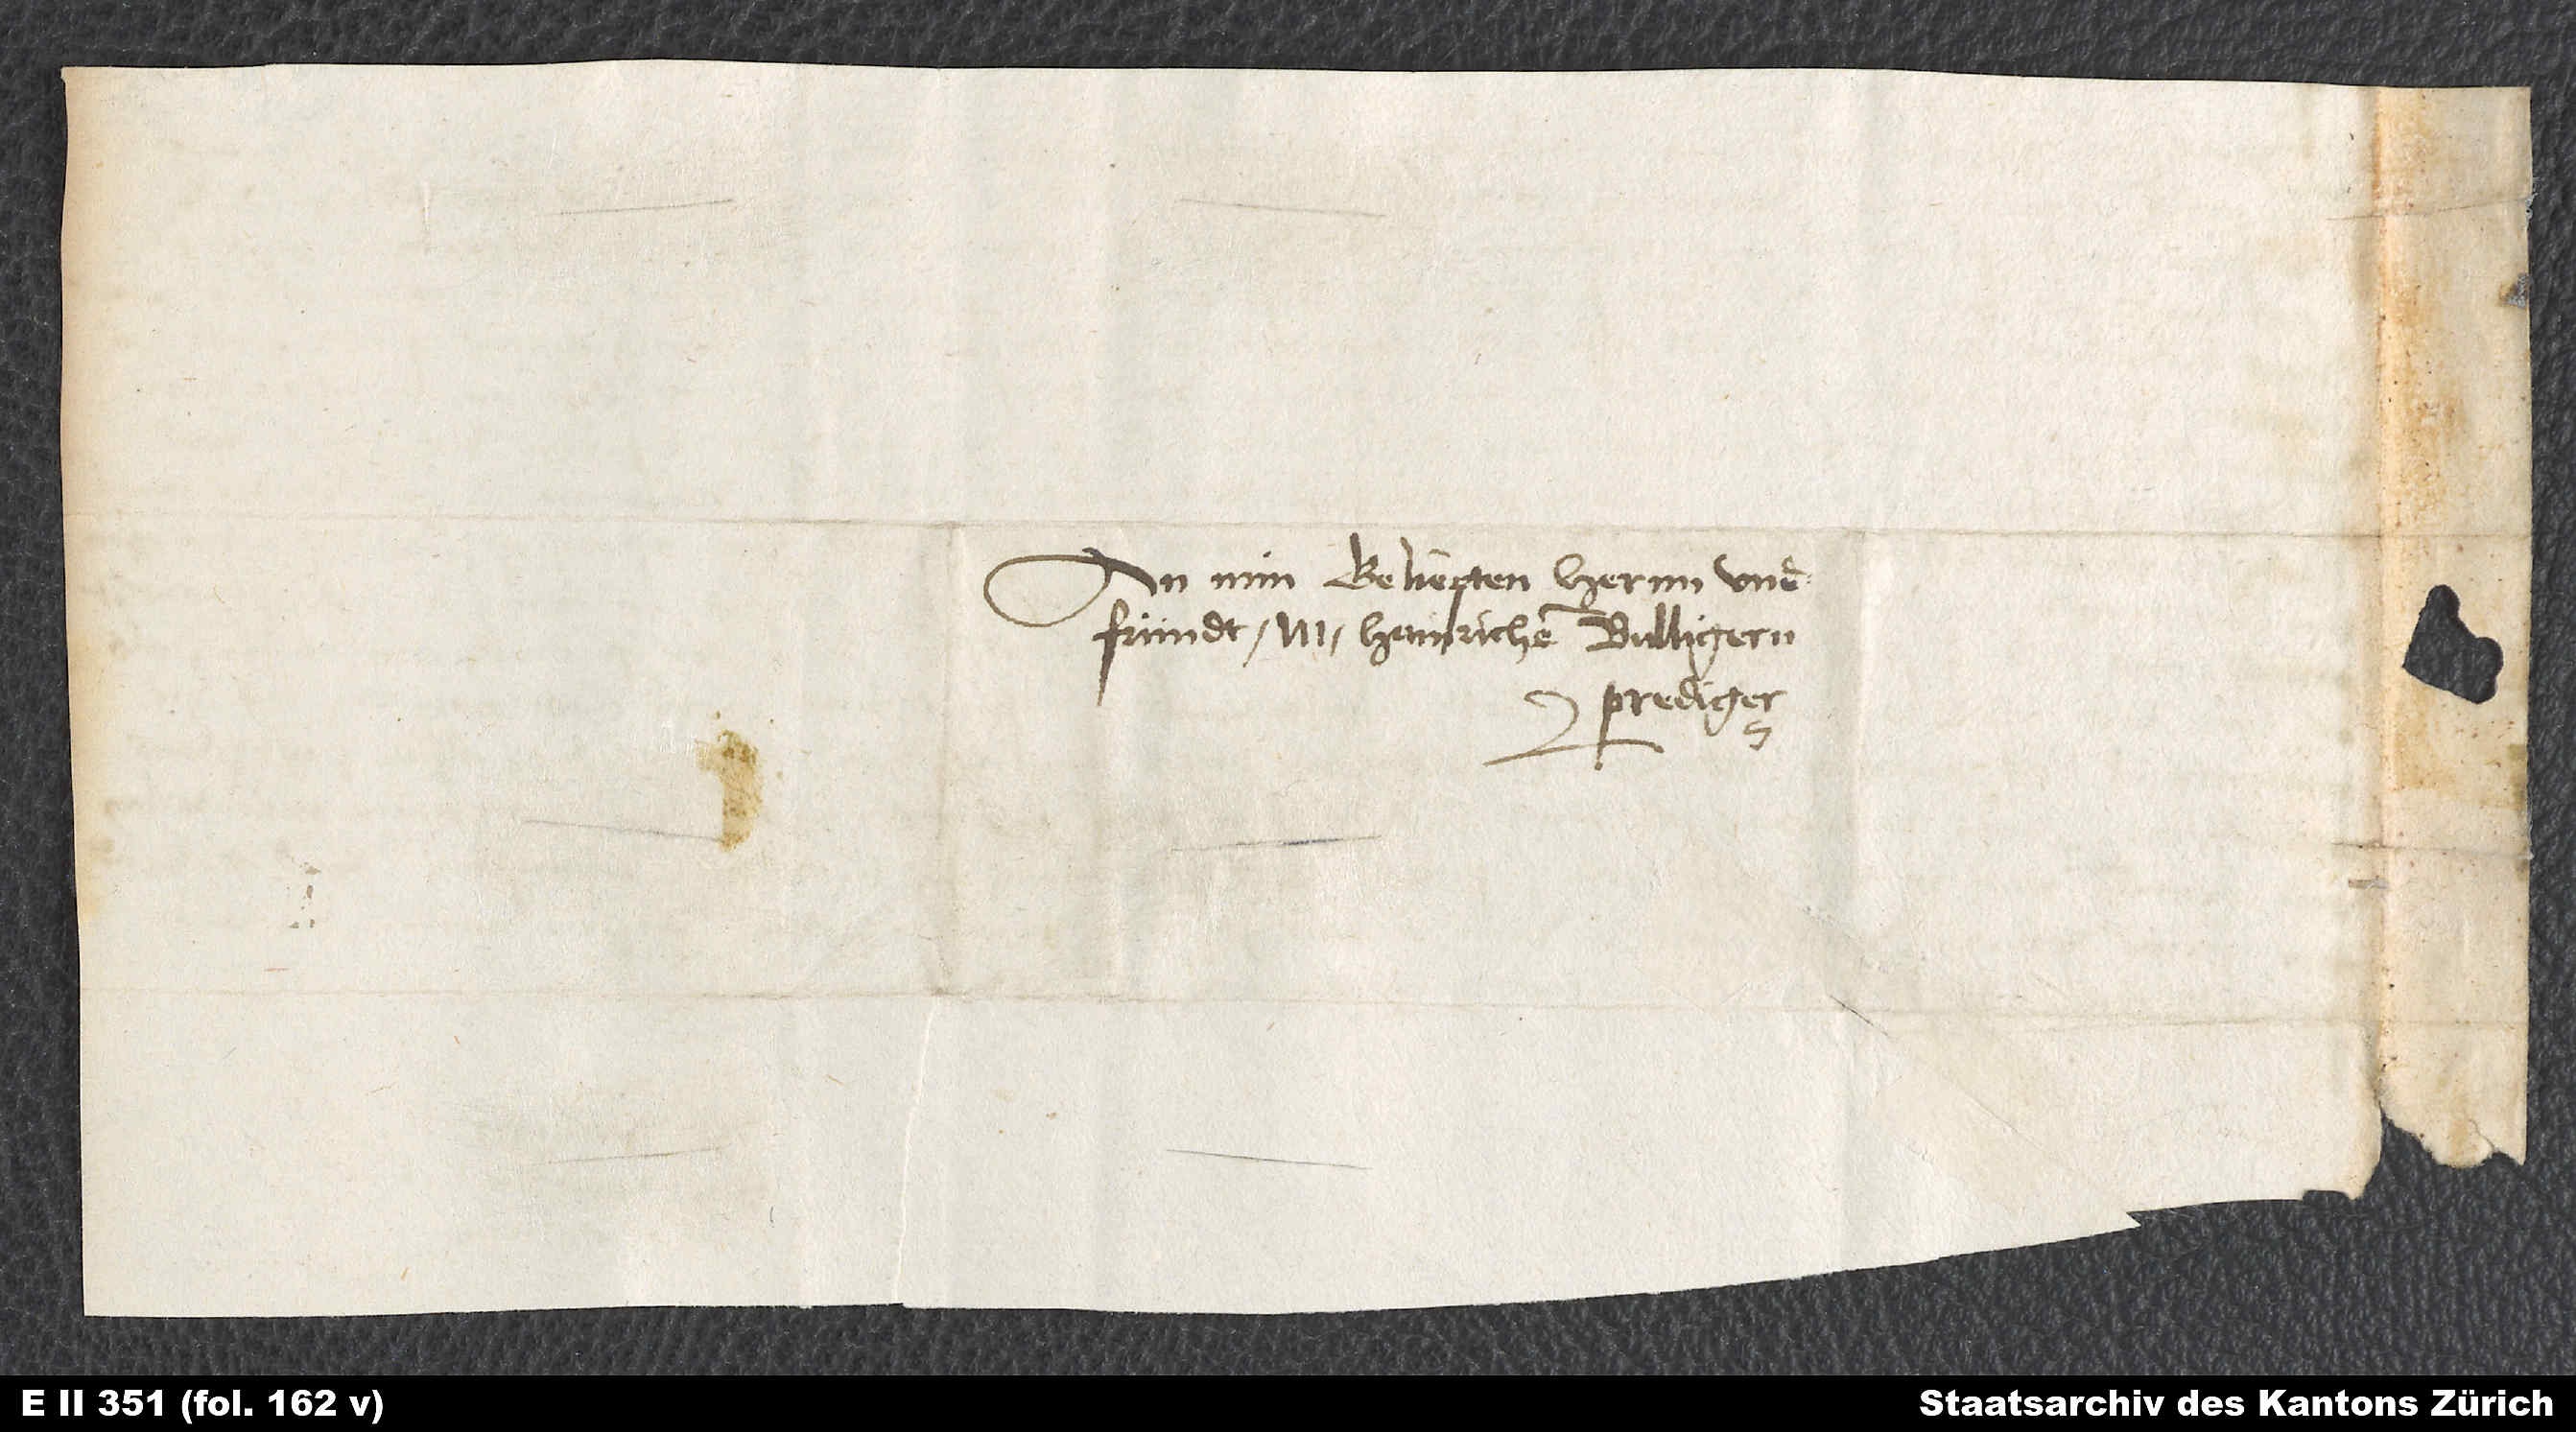
An min geliepten hernn und
fründt, M. Hainrichen Bulligem,
prediger.